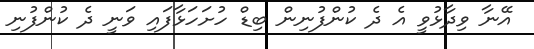
އޭނާ ވިދާޅުވީ އެ ދެ ކުންފުނިން ބިޑް ހުށަހަޅާފައި ވަނީ ދެ ކުންފުނި